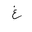
Letter: _gayn